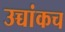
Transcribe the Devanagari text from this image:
उच्चांकच